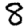
Digit: 8